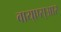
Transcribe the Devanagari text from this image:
वाय्‌एस्‌आर